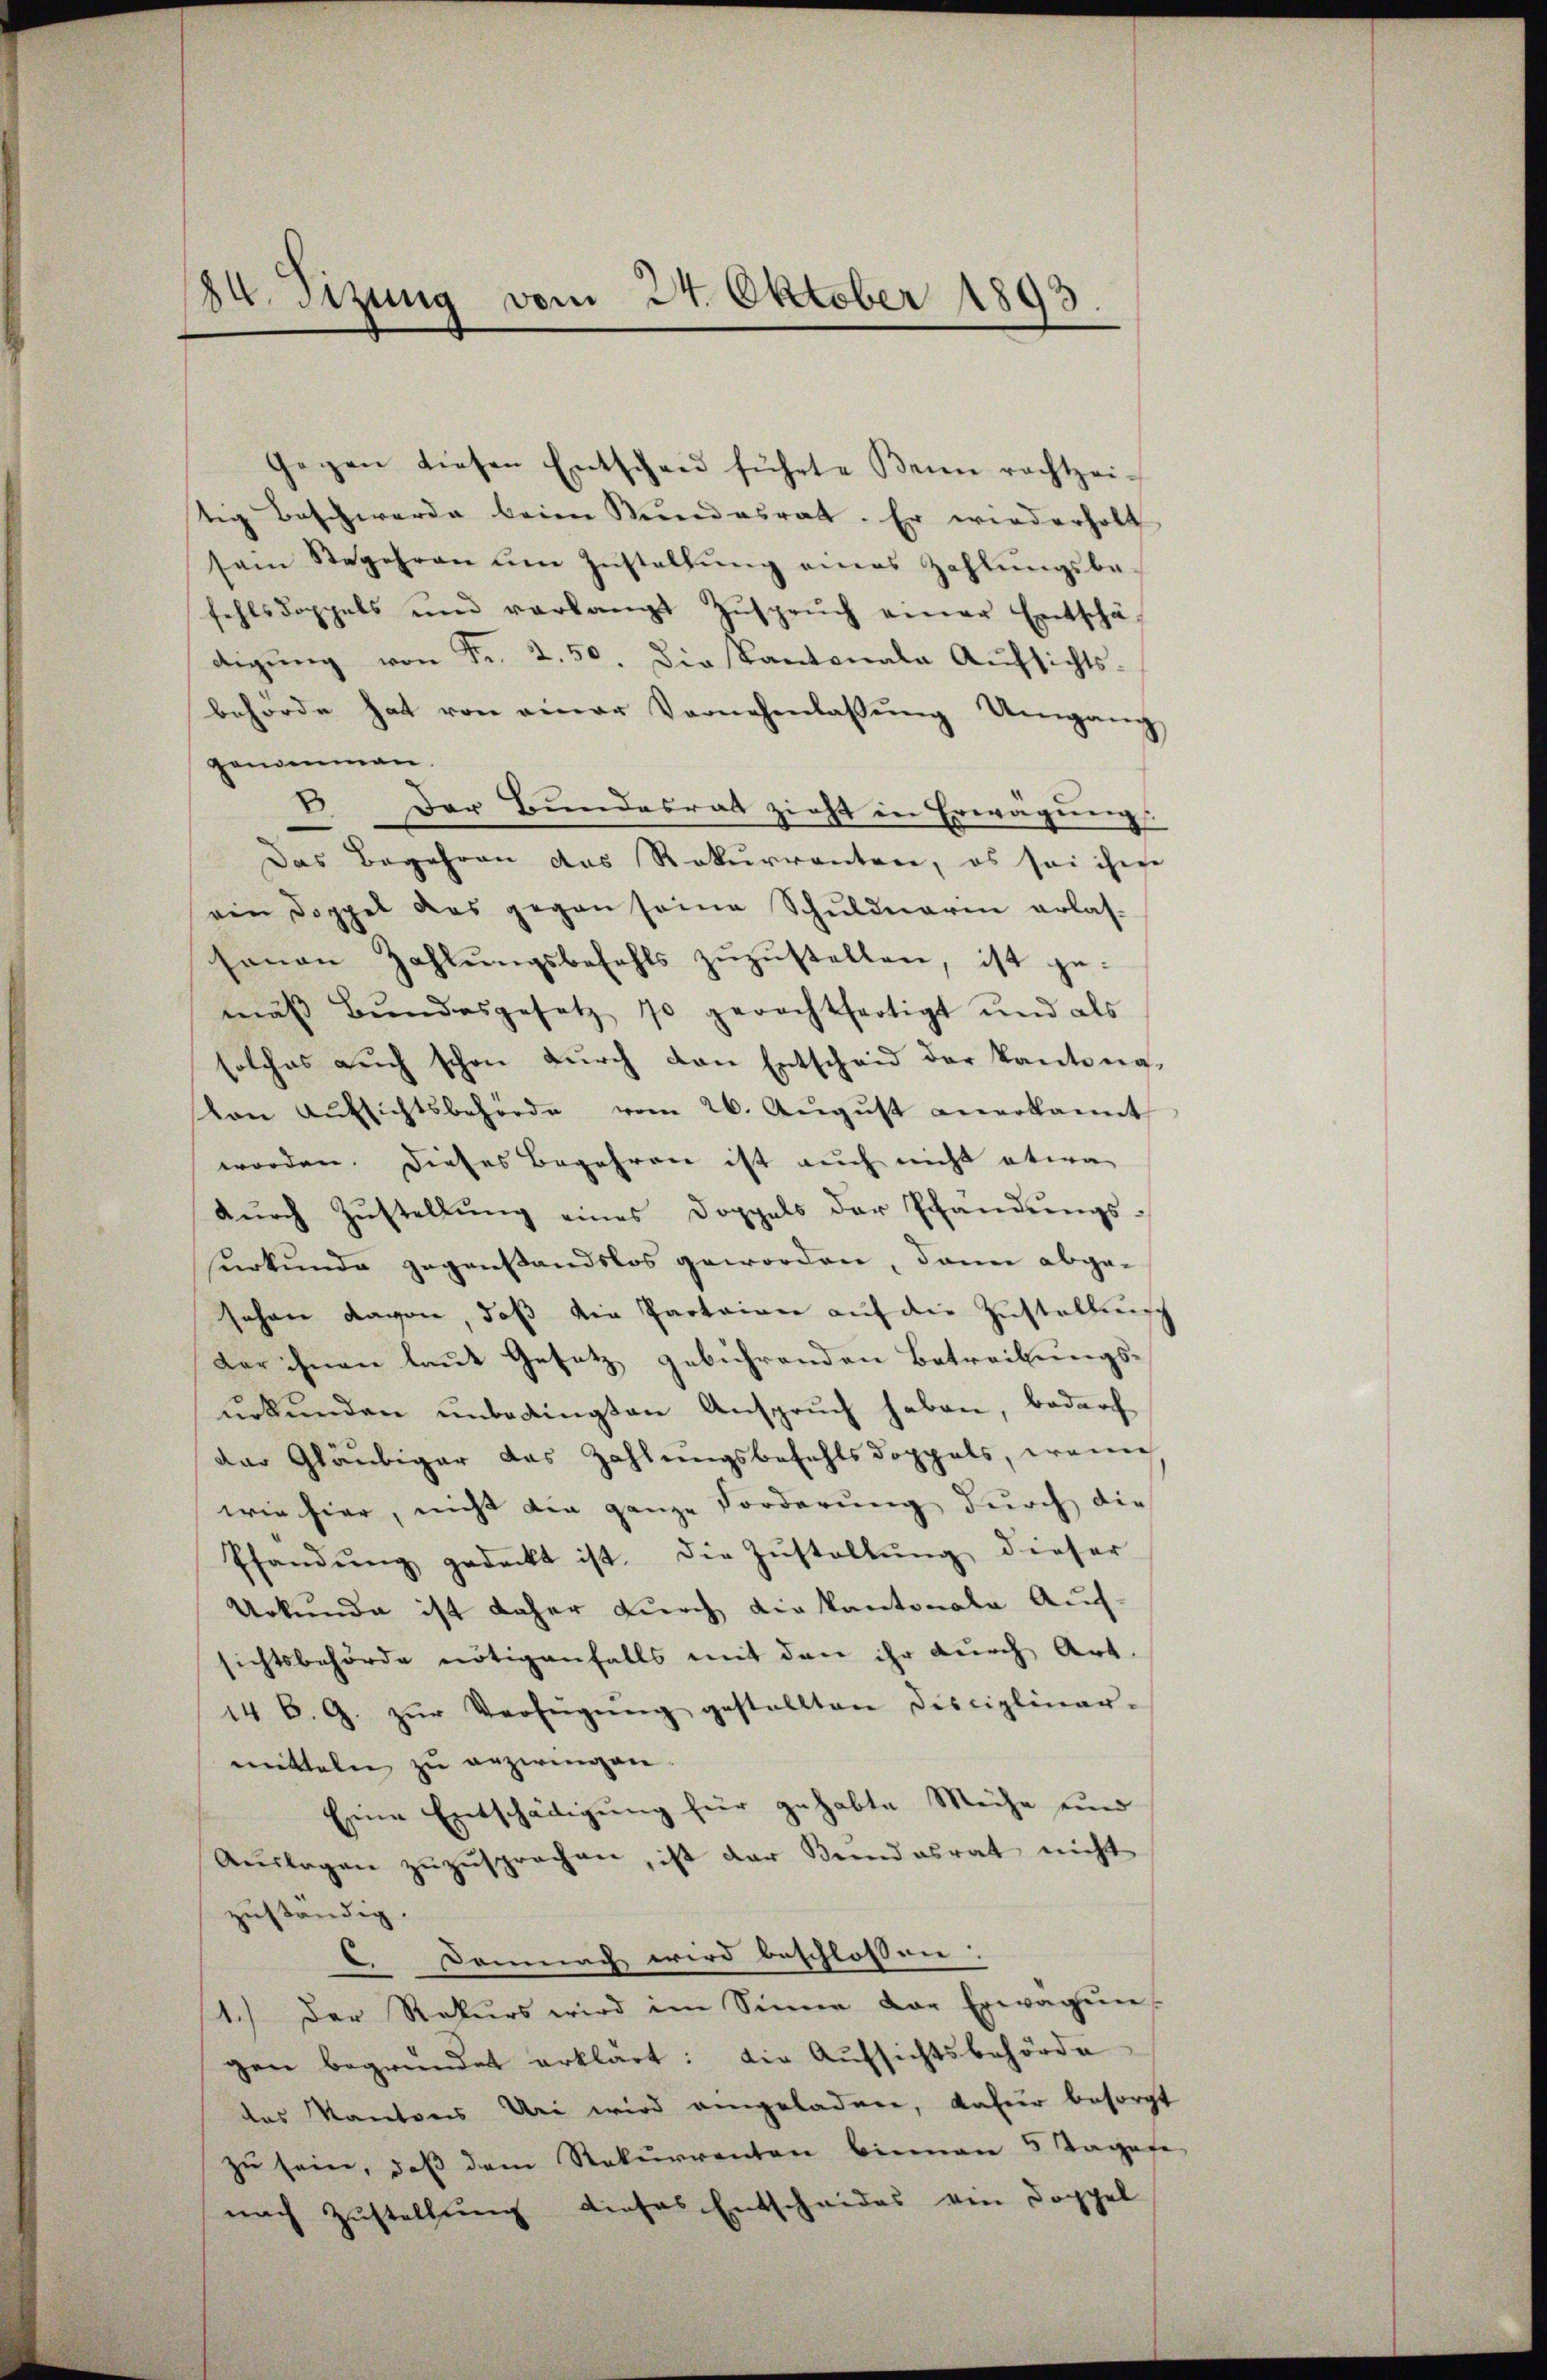
84. Sizung vom 24. Oktober 1893.

Gegen diesen Entschaŭ führte Keine rachtzei-
tig beschwerde beim Stundesrat. Er wiederholt
sein Stegehren um Zustellŭng eines Zahlŭngsbe-
fehlsdoppels und verlangt Zŭsprŭch einer Entschä
digŭng von Fr. 2.50. Die Kantonala Aŭfsichts-
behörde hat von einer Vernehmlassŭng Umgang
genommen.
B. Der Bundesrat zieht in Erwägungs
Das Begehren das Rekurrenten, es sei ihm
ein Doppel das gegen seine Schuldnerin erlas-
sonen Zahlŭngsbefehls zŭzŭstellen, ist ge-
mäβ Bŭndesgesetz 10 gerechtfertigt und als
solches aŭch schon dŭrch den Entscheid der Kantonavon Aŭfsichtsbehörde vom 26. Aŭgŭst anerkannt
worden. Dieses Begehren ist auch nicht etwa
durch Zustellung eines Doppels der Pfändungsurkunde gegenstandslos geworden, dann abge¬
Johann davon, daβ die Partainer aŭf die Zustellun
Der ihnen laut Gesetz gebührenden Betreibungs-
urkunden unbedingten Anspruch haben, bedarf
Der Gläubiger das Zahlungsbefehlsdoppels, wenn
wie hier, nicht die ganze Forderung durch die
Pfandŭng gedeckt ist. Die Zŭstallŭng dieser
Urkunde ist daher durch die kantonale Auf-
sichtsbehörde nötigenfalls mit den ihr durch Art.
14 B. G. zŭr Verfügŭng gestellten Disciplinar-
mitteln zu erzwingen.
Eine Entschädigung für gehabte Meihe und
Aŭslagen zŭzŭsprechen, ist der Bundesrat nicht
zuständig.
6. Demnach wird beschlossen:
1.) Der Rekurs wird im Sinne der Erwägŭn-
gen begründet erklärt: Die Aufsichtsbehörde
das Kantons Uri wird angeladen, dafür besorgt
zŭ sein, daβ dem Rekurrenten bieman 5 Tagene
nach Zustellung dieses Entscheides von Doppel